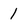
Character: 1